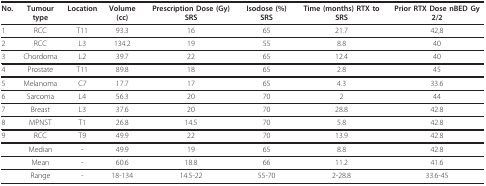
| No. | Tumour type | Location | Volume (cc) | Prescription Dose (Gy) SRS | Isodose (%) SRS | Time (months) RTX to SRS | Prior RTX Dose nBED Gy 2/2 |
 | --- | --- | --- | --- | --- | --- | --- | --- |
 | 1 | RCC | T11 | 93.3 | 16 | 65 | 21.7 | 42,8 |
 | 2 | RCC | L3 | 134.2 | 19 | 55 | 8.8 | 40 |
 | 3 | Chordoma | L2 | 39.7 | 22 | 65 | 12.4 | 40 |
 | 4 | Prostate | T11 | 89.8 | 18 | 65 | 2.8 | 45 |
 | 5 | Melanoma | C7 | 17.7 | 17 | 65 | 4.3 | 33.6 |
 | 6 | Sarcoma | L4 | 56.3 | 20 | 70 | 2 | 44 |
 | 7 | Breast | L3 | 37.6 | 20 | 70 | 28.8 | 42.8 |
 | 8 | MPNST | T1 | 26.8 | 14.5 | 70 | 5.8 | 42.8 |
 | 9 | RCC | T9 | 49.9 | 22 | 70 | 13.9 | 42.8 |
 |  | Median | - | 49.9 | 19 | 65 | 8.8 | 42.8 |
 |  | Mean | - | 60.6 | 18.8 | 66 | 11.2 | 41.6 |
 |  | Range | - | 18-134 | 14.5-22 | 55-70 | 2-28.8 | 33.6-45 |